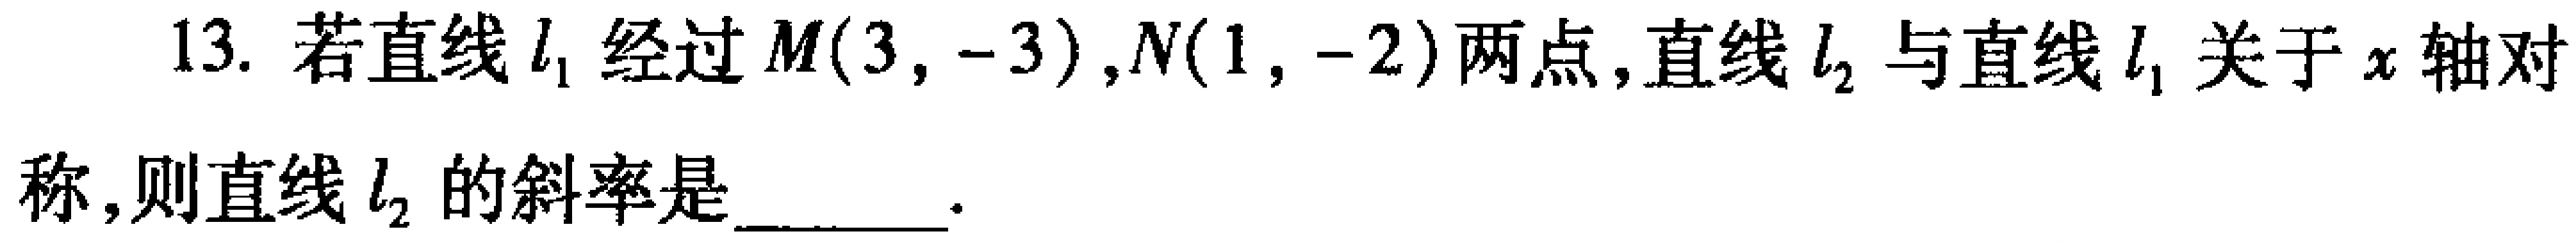
13. 若直线\(l_{1}\)经过\(M(3,-3)\)，\(N(1,-2)\)两点，直线\(l_{2}\)与直线\(l_{1}\)关于\(x\)轴对称，则直线\(l_{2}\)的斜率是  ．